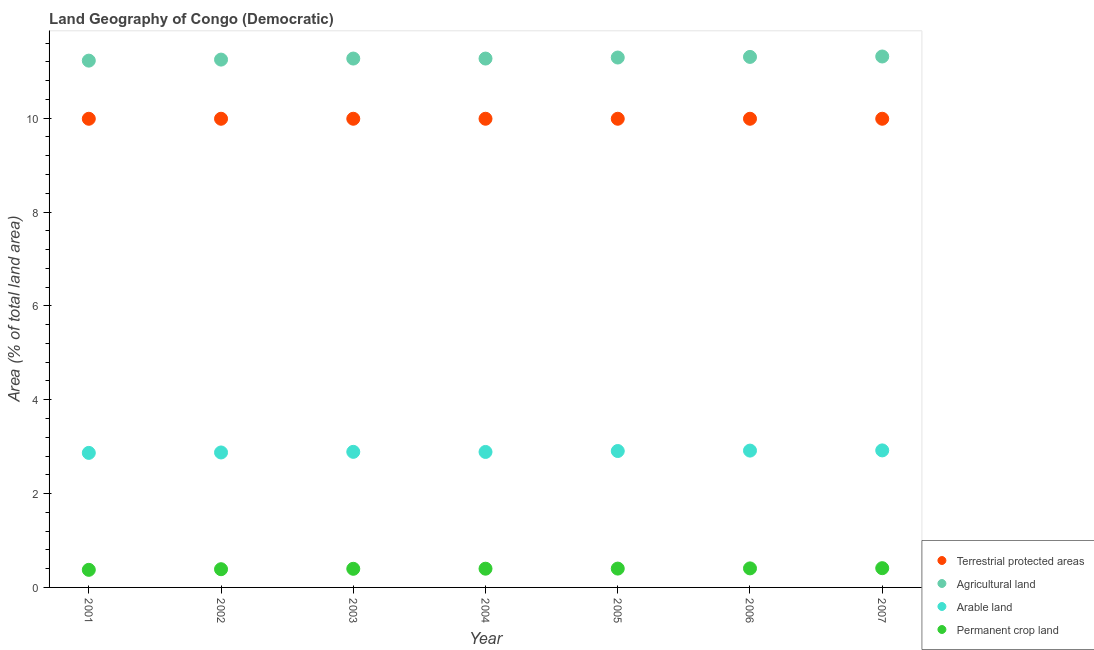
| Year | Terrestrial protected areas | Agricultural land | Arable land | Permanent crop land |
 | --- | --- | --- | --- | --- |
 | 2001 | 9.99 | 11.2 | 2.87 | 0.375 |
 | 2002 | 9.99 | 11.2 | 2.88 | 0.388 |
 | 2003 | 9.99 | 11.3 | 2.89 | 0.397 |
 | 2004 | 9.99 | 11.3 | 2.89 | 0.399 |
 | 2005 | 9.99 | 11.3 | 2.91 | 0.401 |
 | 2006 | 9.99 | 11.3 | 2.92 | 0.406 |
 | 2007 | 9.99 | 11.3 | 2.92 | 0.41 |